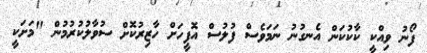
ފޯނު ވިއްކީ ކާކުކަން އެނގުނު ނަމަވެސް ފުލުސް އޮފީހަށް ހާޒިރުކޮށް ސުވާލުކުރުމުން "މަށަކީ